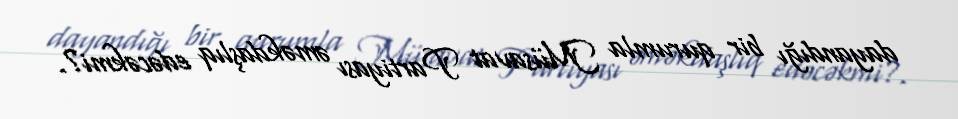
dayandığı bir qurumla Müsavat Partiyası əməkdaşlıq edəcəkmi?.